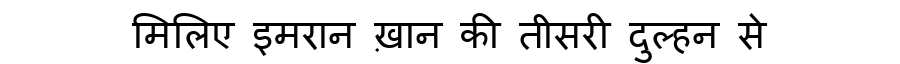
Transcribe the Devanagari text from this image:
मिलिए इमरान ख़ान की तीसरी दुल्हन से